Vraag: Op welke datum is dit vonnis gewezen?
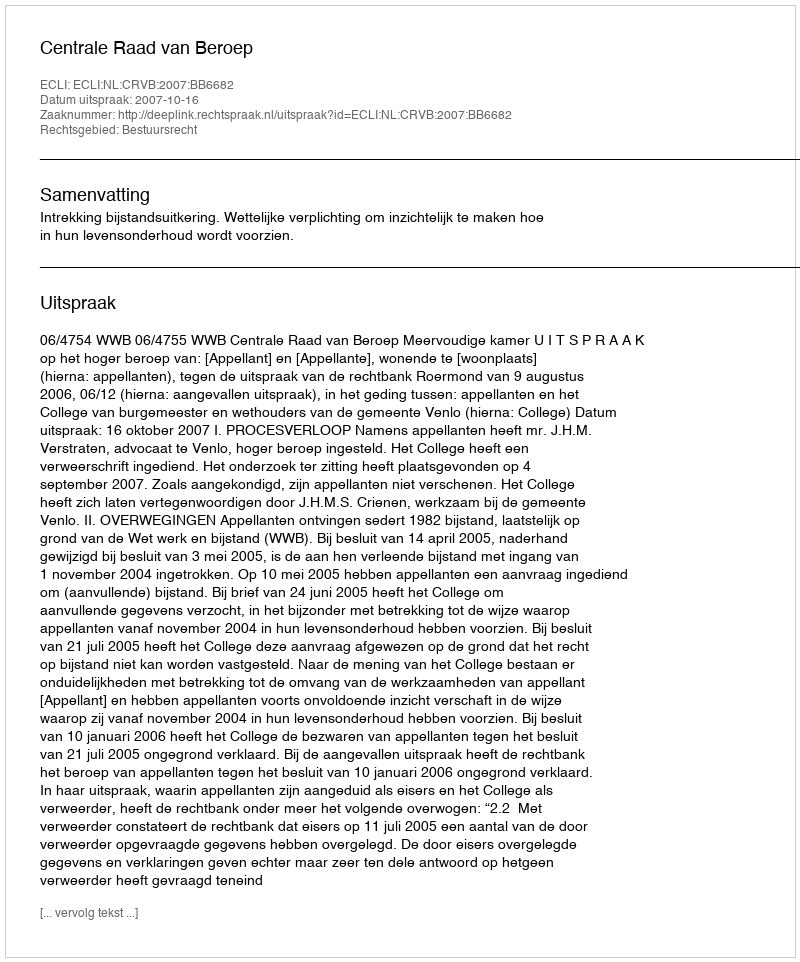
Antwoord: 2007-10-16